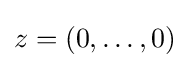
z=(0,\ldots ,0)